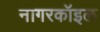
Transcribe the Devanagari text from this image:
नागरकॉइल